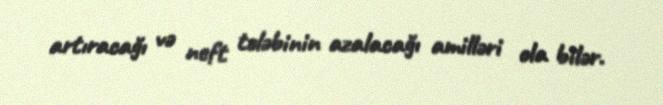
artıracağı və neft tələbinin azalacağı amilləri ola bilər.